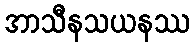
အာသီနသယနဿ